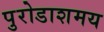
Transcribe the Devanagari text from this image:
पुरोडाशमय